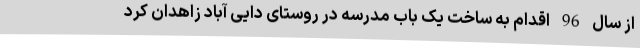
از سال 96 اقدام به ساخت یک باب مدرسه در روستای دایی آباد زاهدان کرد